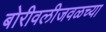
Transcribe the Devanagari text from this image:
बोरीवलीजवळच्या